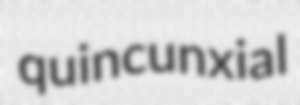
quincunxial